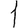
Digit: 1